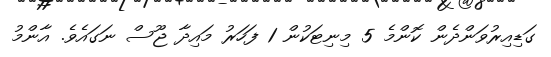
ގަޑިއިރުވަންދެން ކޮންމެ 5 މިނިޓަކުން 1 ފަހަރު މައިދާ ޖޫސް ނަގައެވެ. އާންމު